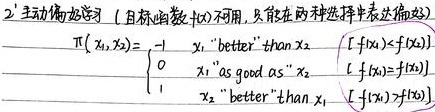
2) 主动偏好学习（目标函数$f(\boldsymbol{x})$ 不可用，只能在两种选择中表达偏好）
\[
\pi(x_1, x_2)=
\begin{cases}
 -1 & x_1 \text{ "better" than } x_2 & [f(x_1)<f(x_2)] \\
 0 & x_1 \text{ "as good as" } x_2 & [f(x_1)=f(x_2)] \\
 1 & x_2 \text{ "better" than } x_1 & [f(x_1)>f(x_2)]
\end{cases}
\]